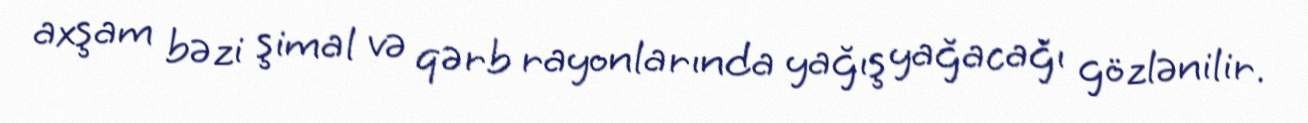
axşam bəzi şimal və qərb rayonlarında yağış yağacağı gözlənilir.